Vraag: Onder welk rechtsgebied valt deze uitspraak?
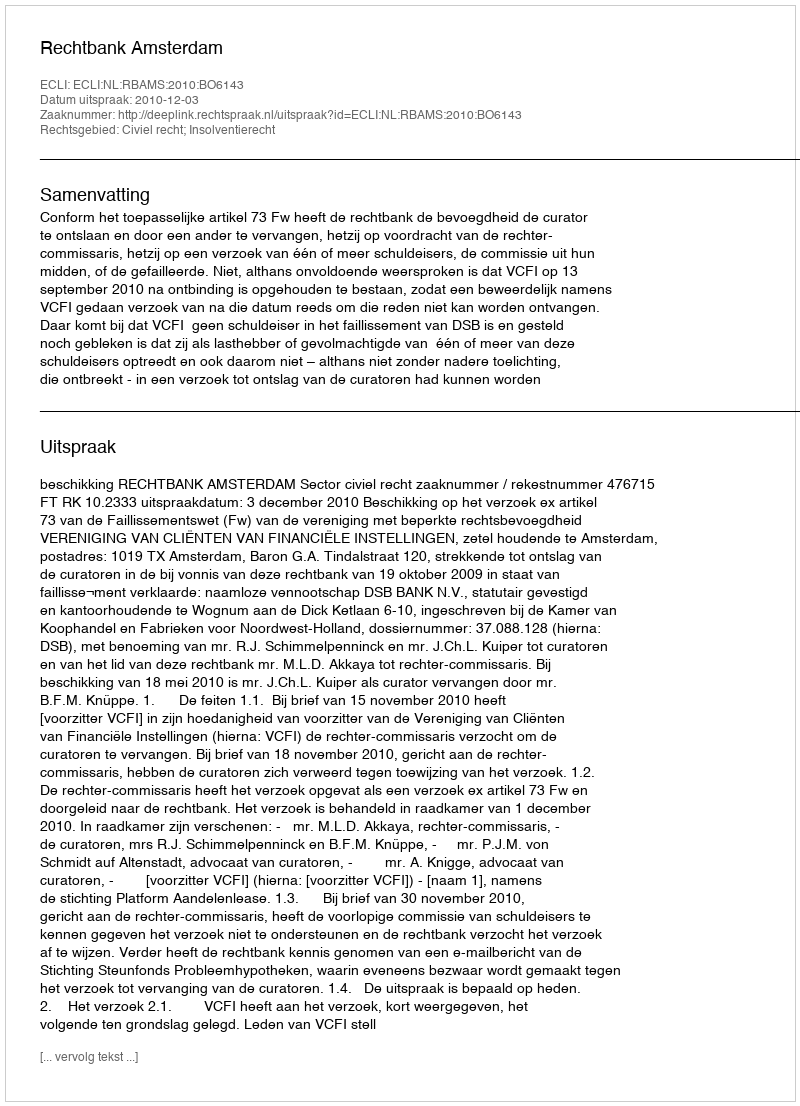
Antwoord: Civiel recht; Insolventierecht